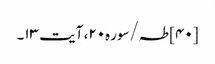
[۴۰] طہ/سوره۲۰، آیت ۱۳۔